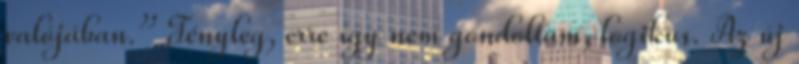
valójában.” Tényleg, erre így nem gondoltam, logikus. Az új